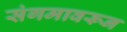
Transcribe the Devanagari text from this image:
संगमावरून